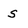
Character: s